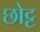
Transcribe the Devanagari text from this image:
छोट्ट